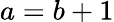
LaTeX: a=b+1